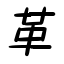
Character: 革